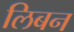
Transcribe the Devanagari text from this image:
लिबन